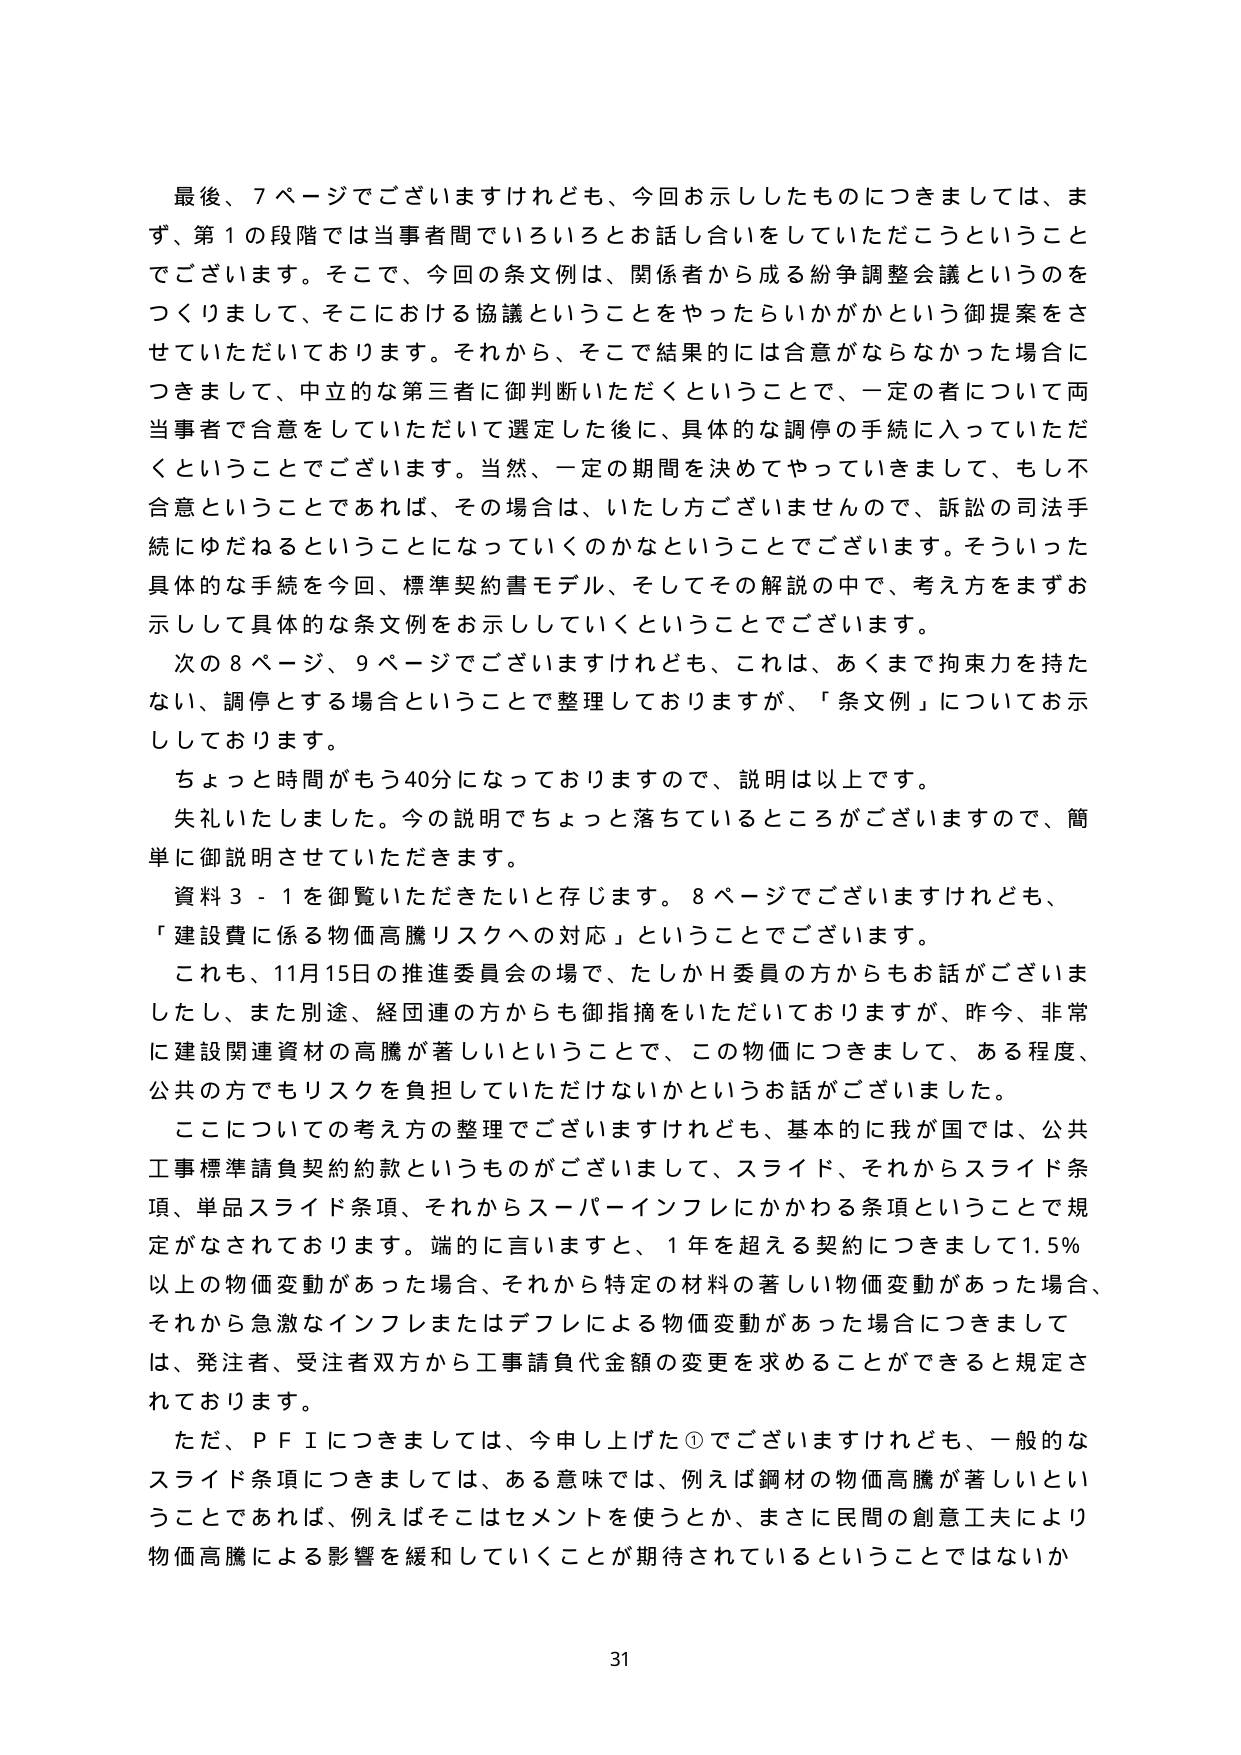
最後、7ページでございますけれども、今回お示ししたものにつきましては、まず、第1の段階では当事者間でいろいろとお話し合いをしていただくということでございます。そこで、今回の条文例は、関係者から成る紛争調整会議というのをつくりまして、そこにおける協議ということをやったらいかがかという御提案をさせていただいております。それから、そこで結果的には合意がならなかった場合につきまして、中立的な第三者に御判断いただくということで、一定の者について両当事者で合意をしていただいて選定した後に、具体的な調停の手続に入っていただくということでございます。当然、一定の期間を決めてやっていきまして、もし不合意ということであれば、その場合は、いたし方ございませんので、訴訟の司法手続にゆだねるということになっていくのかなということでございます。そういった具体的な手続を今回、標準契約書モデル、そしてその解説の中で、考え方をまずお示して具体的な条文例をお示ししていくということでございます。

次の8ページ、9ページでございますけれども、これは、あくまで拘束力を持たない、調停とする場合ということで整理しておりますが、「条文例」についてお示しております。

ちょっと時間がもう40分になっておりますので、説明は以上です。

失礼いたしました。今の説明でちょっと落ちているところがございますので、簡単に御説明させていただきます。

資料3-1を御覧いただきたいと存じます。8ページでございますけれども、「建設費に係る物価高騰リスクへの対応」ということでございます。

これも、11月15日の推進委員会の場で、たしかH委員の方からもお話がございましたし、また別途、経団連の方からも御指摘をいただいておりますが、昨今、非常に建設関連資材の高騰が著しいということで、この物価につきまして、ある程度、公共の方でもリスクを負担していただけないかというお話がございました。

ここについての考え方の整理でございますけれども、基本的に我が国では、公共工事標準請負契約約款というものがございまして、スライド、それからスライド条項、単品スライド条項、それからスーパーインフレにかかわる条項ということで規定がなされております。端的に言いますと、1年を超える契約につきまして1.5％以上の物価変動があった場合、それから特定の材料の著しい物価変動があった場合、それから急激なインフレまたはデフレによる物価変動があった場合につきましては、発注者、受注者双方から工事請負代金額の変更を求めることができる規定されております。

ただ、PFIにつきましては、今申し上げた①でございますけれども、一般的なスライド条項につきましては、ある意味では、例えば鋼材の物価高騰が著しいということであれば、例えばそこはセメントを使うとか、まさに民間の創意工夫により物価高騰による影響を緩和していくことが期待されているということではないか

31